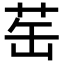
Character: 𬜪